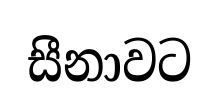
සීනාවට